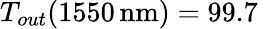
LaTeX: T_{out}(1550\, \mathrm{nm})=99.7\, \